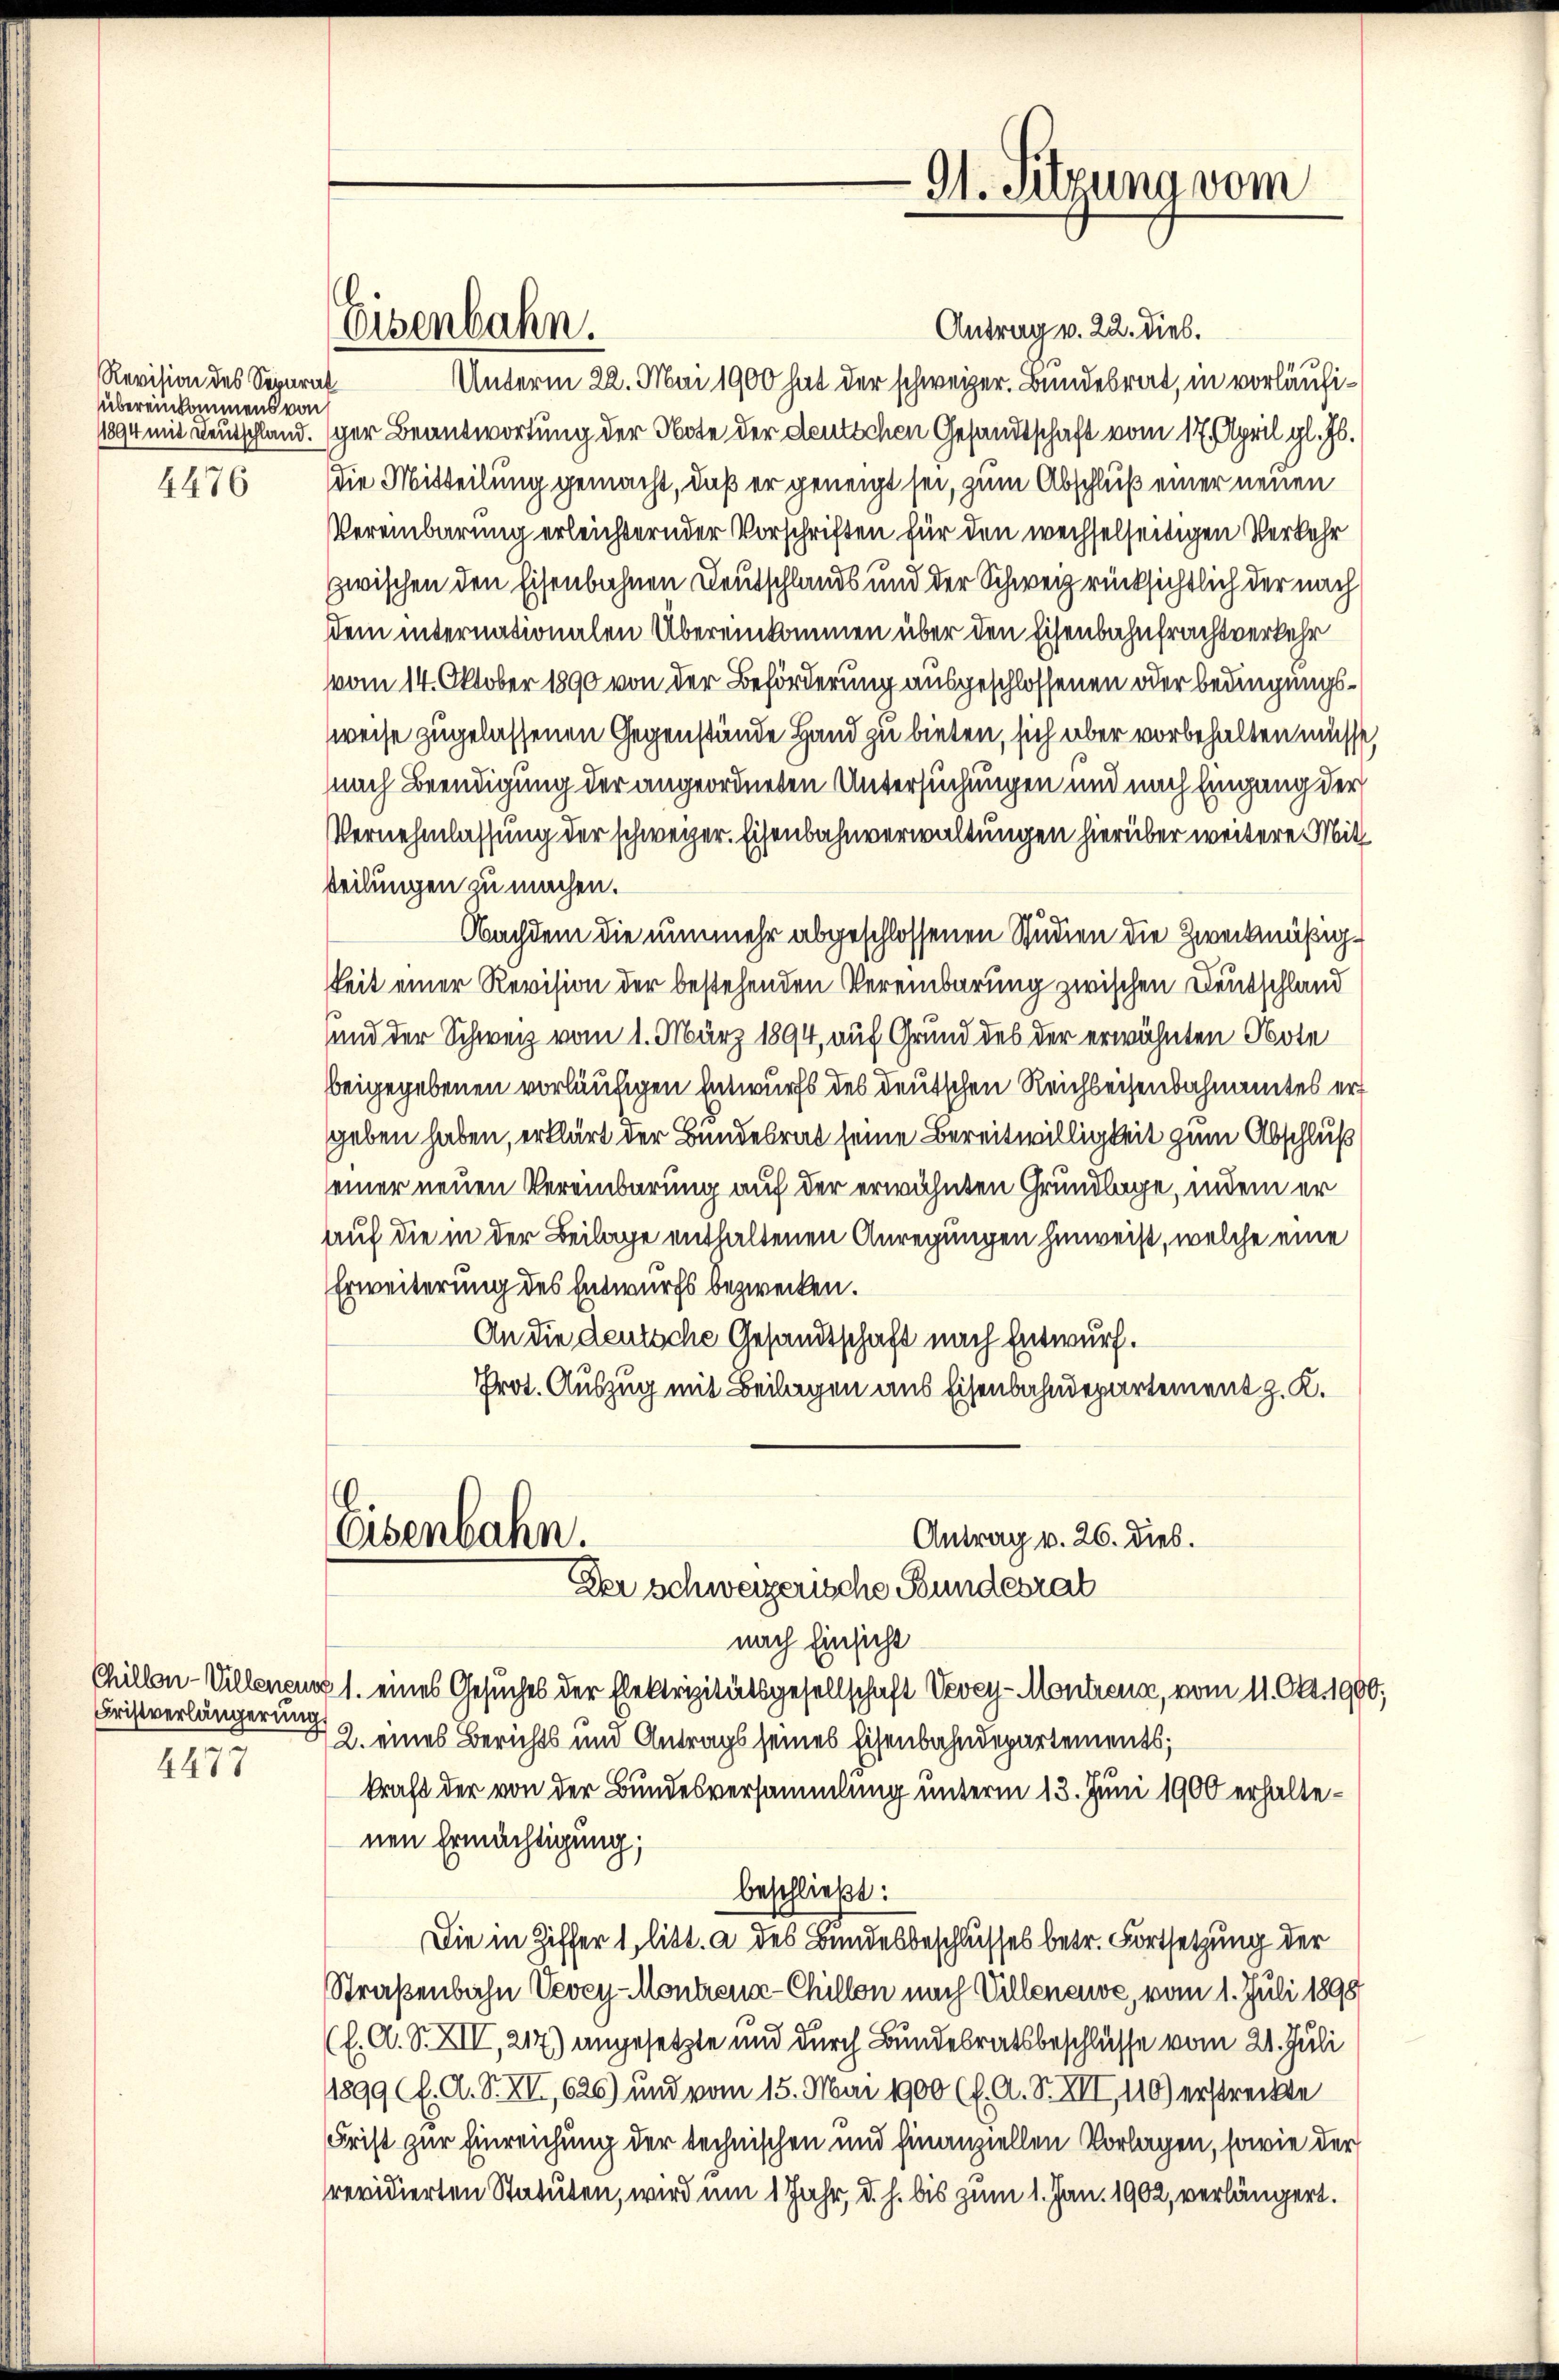
Revision des Separat
übereinkommens von
4476

Fristverlängerung
4477

Antrag v. 22. Dieb.
Unterm 22. Mai 1900 hat der schweizer. Bundesrat, in vorläufi¬
11894 mit Deutschland. Eger Beantwortung der Note der deutschen Gesandtschaft vom 17. April gl. Js.
die Mitteilung gemacht, daß er geneigt sei, zum Abschluß einer neuen
Vereinbarung erleichternder Vorschriften für den wechselseitigen Verkehr
zwischen den Eisenbahnen Deutschlands und der Schweiz rücksichtlich der nach
sdem internationalen Übereinkommen über den Eisenbahnfrachtverkehr
vvom 14. Oktober 1890 von der Beförderung ausgeschlossenen oder Bedingungsweise zugelassenen Gegenstände Hand zu bieten, sich aber vorbehalten müsse,
nach Beendigung der angeordneten Untersuchungen und nach Eingang der
Vernehmlassung der schweizer. Eisenbahnverwaltungen hierüber weitere Mitt
teilungen zu machen.
Nachdem die nunmehr abgeschlossenen Studien die Zweckmäßigkeit einer Revision der bestehenden Vereinbarung zwischen Deutschland
und der Schweiz vom 1. März 1894, auf Grund des der erwähnten Note
beigegebenen vorläufigen Entwurfs des deutschen Reichbeisenbahnamtes er
geben haben, erklärt der Bundesrat seine Bereitwilligkeit zum Abschluß
einer neuen Vereinbarung auf der erwähnten Grundlage, indem er
auf die in der Beilage enthaltenen Anregungen hinweis, welche eine
Erweiterung des Entwurfs bezwecken.
An die deutsche Gesandtschaft nach Entwurf.
Prot. Auszug mit Beilagen aus Eisenbahndepartement z. K.
.
Osenbahn.
Antrag v. 26. dies.
Der schweizerische Bundesrat
nach Einsicht
Chillon-Villenen 1. eines Gesuches der Elektrizitätsgesellschaft Vevey-Montreng, vom 11. Okt. 1900,
2. eines Berichts und Antrags seines Eisenbahndepartements;
kraft der von der Bundesversammlung unterm 13. Juni 1900 erhaltenen Ermächtigung;
beschließt:
Die in Ziffer 1, litt. a des Bundesbeschlusses betr. Fortsetzung der
Straßenbahn Vevey-Montreux-Chillon nach Villenawe, vom 1. Juli 1898
(l. A. S. XIV, 217) angesetzte und durch Bundesratsbeschlüsse vom 21. Juli
1899 (E. A. S. XVI,626) und vom 15. Mai 1900 (f. A. S. XII, 116) erstreckte
Frist zur Einreichung der technischen und hinanziellen Vorlagen, sowie der
revidierten Statuten, wird um 1 Jahr, d. h. bis zum 1. Jan. 1902, verlängert.

Eisenbahn.

91. Sitzung vom